Punjab Mental Hospital Lahore 1922-31 - 1922-1931
Year: 1922
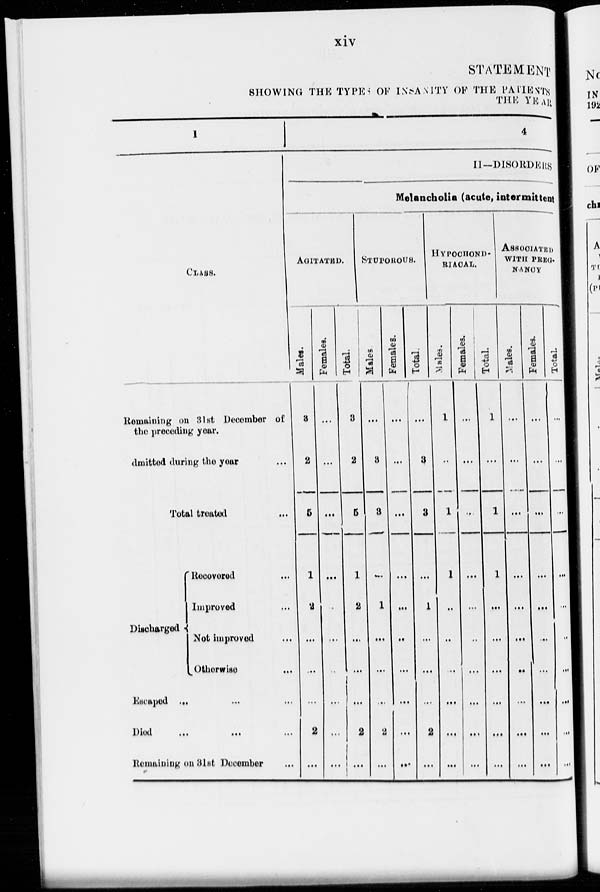
xiv
STATEMENT
SHOWING THE TYPES OF INSANITY OF THE PATIENTS
THE YEAR
1
CLASS.
Remaining on 31st December of
the preceding year.
Admitted during the year ...
Total treated
...
Discharged
Recovered
...
Improved ...
Not improved ...
Otherwise ...
Escaped ... ... ...
Died ... ... ...
Remaining on 31st December ...
4
II-DISORDERS
Melancholia (acute, intermittent
AGITATED.
Males.
3
2
5
1
2
...
...
...
2
...
Females.
...
...
...
...
...
...
...
...
...
...
Total.
3
2
5
1
2
...
. . .
...
2
...
STUPOROUS.
Males.
...
3
3
...
1
...
...
...
2
...
Females.
...
...
...
...
...
...
...
...
...
...
Total.
...
3
3
...
1
...
...
...
2
...
HYPOCHOND-
RIACAL.
Males.
1
...
1
1
...
...
...
...
...
...
Females.
...
...
...
...
...
...
...
...
...
...
Total.
1
...
1
1
...
...
...
...
...
...
ASSOCIATED
WITH PREG-
NANCY.
Males.
...
...
...
...
...
...
...
...
...
...
Females.
...
...
...
...
...
...
...
...
...
...
Total.
...
...
...
...
...
...
...
...
...
...